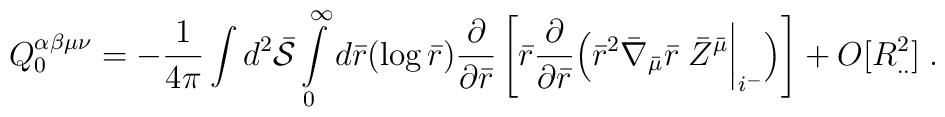
Q_0^{\alpha\beta\mu\nu}  =  - \frac{1}{4\pi} \int d^2 {\bar {\cal S}} \int\limits_0^{\infty} d{\bar r} (\log {\bar r})\frac{\partial}{\partial {\bar r}} \left[ {\bar r}\frac{\partial}{\partial {\bar r}} \Bigl( {\bar r}^2{\bar \nabla}_{\bar \mu} {\bar r}\; {\bar Z}^{\bar \mu}\biggl|_{i^-}\Bigr)\right]  + O[R^2_{..}]\; .